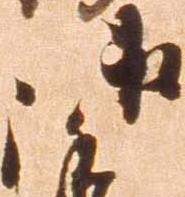
御